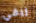
ريفي